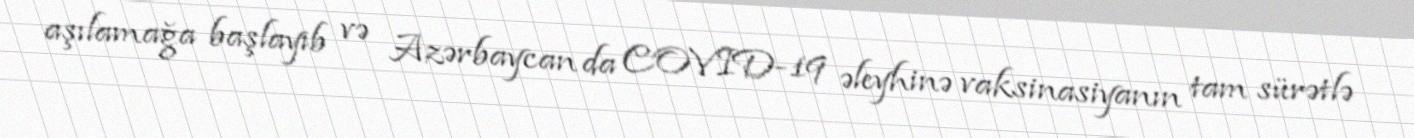
aşılamağa başlayıb və Azərbaycan da COVID-19 əleyhinə vaksinasiyanın tam sürətlə